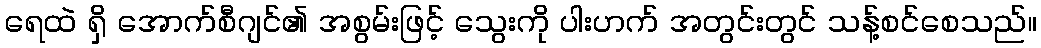
ရေထဲ ရှိ အောက်စီဂျင်၏ အစွမ်းဖြင့် သွေးကို ပါးဟက် အတွင်းတွင် သန့်စင်စေသည်။